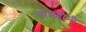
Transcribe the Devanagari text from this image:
सासहीमी